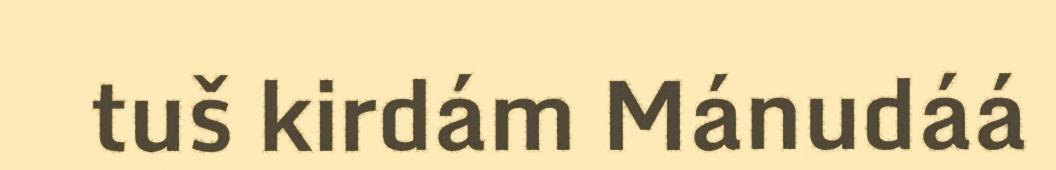
tuš kirdám Mánudáá